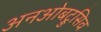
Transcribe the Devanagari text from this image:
अनओबट्रुसिव